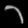
Digit: ၁